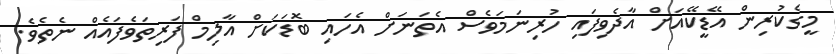
މީގެކުރިން އޭޑީކޭއަށް އާދެވިފައި ހުރިނަމަވެސް އެތަނަށް އެހައި ބޮޑަކަށް އާލިމް ފަރިތަވެފައެއް ނެތެވެ.